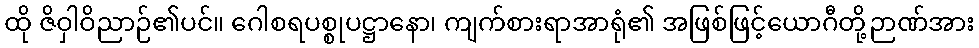
ထို ဇိဝှါဝိညာဉ်၏ပင်။ ဂေါစရပစ္စုပဋ္ဌာနော၊ ကျက်စားရာအာရုံ၏ အဖြစ်ဖြင့်ယောဂီတို့ဉာဏ်အား